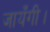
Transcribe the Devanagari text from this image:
जायँगी।